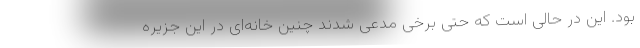
بود. این در حالی است که حتی برخی مدعی شدند چنین خانه‌ای در این جزیره